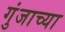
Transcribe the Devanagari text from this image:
गुंजाच्या